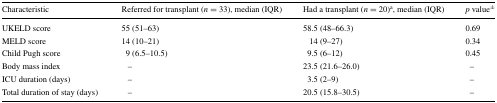
<table><thead><tr><td><b>Characteristic</b></td><td><b>Referred for transplant (<i>n</i> = 33), median (IQR)</b></td><td><b>Had a transplant (<i>n</i> = 20)<sup>a</sup>, median (IQR)</b></td><td><b><i>p</i> value<sup>±</sup></b></td></tr></thead><tbody><tr><td>UKELD score</td><td>55 (51–63)</td><td>58.5 (48–66.3)</td><td>0.69</td></tr><tr><td>MELD score</td><td>14 (10–21)</td><td>14 (9–27)</td><td>0.34</td></tr><tr><td>Child Pugh score</td><td>9 (6.5–10.5)</td><td>9.5 (6–12)</td><td>0.45</td></tr><tr><td>Body mass index</td><td>–</td><td>23.5 (21.6–26.0)</td><td>–</td></tr><tr><td>ICU duration (days)</td><td>–</td><td>3.5 (2–9)</td><td>–</td></tr><tr><td>Total duration of stay (days)</td><td>–</td><td>20.5 (15.8–30.5)</td><td>–</td></tr></tbody></table>